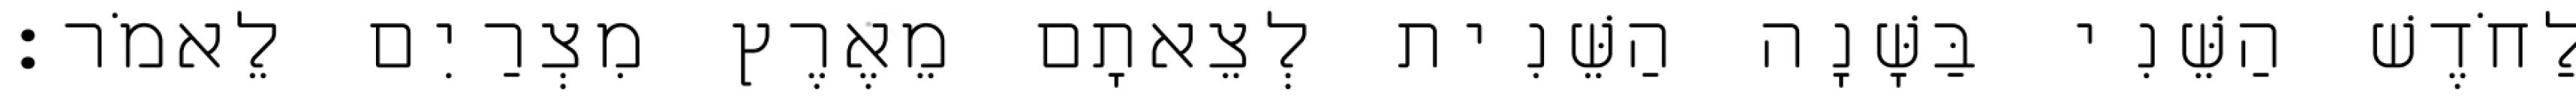
לַחֹדֶשׁ הַשֵּׁנִי בַּשָּׁנָה הַשֵּׁנִית לְצֵאתָם מֵאֶרֶץ מִצְרַיִם לֵאמֹר׃